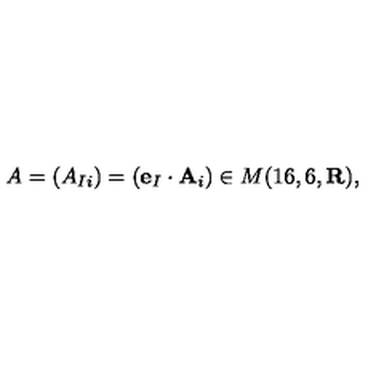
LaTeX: A = ( A _ { I i } ) = ( { \bf e } _ { I } \cdot { \bf A } _ { i } ) \in M ( 1 6 , 6 , { \bf R } ) ,